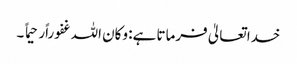
خدا تعالیٰ فرماتا ہے: وکان اللہ غفوراًرحیما ً ۔